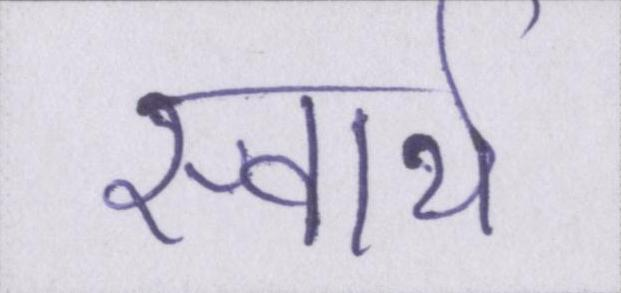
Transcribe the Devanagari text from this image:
स्वार्थ